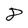
Character: 8